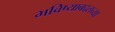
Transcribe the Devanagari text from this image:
भविष्याबद्दलच्या